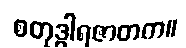
စတုဒွါရဇာတက။